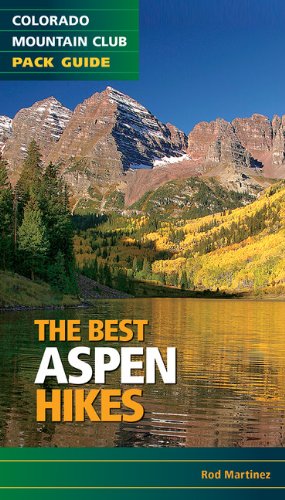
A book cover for Best Aspen Hikes (Colorado Mountain Club Pack Guide); Rod Martinez; Travel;